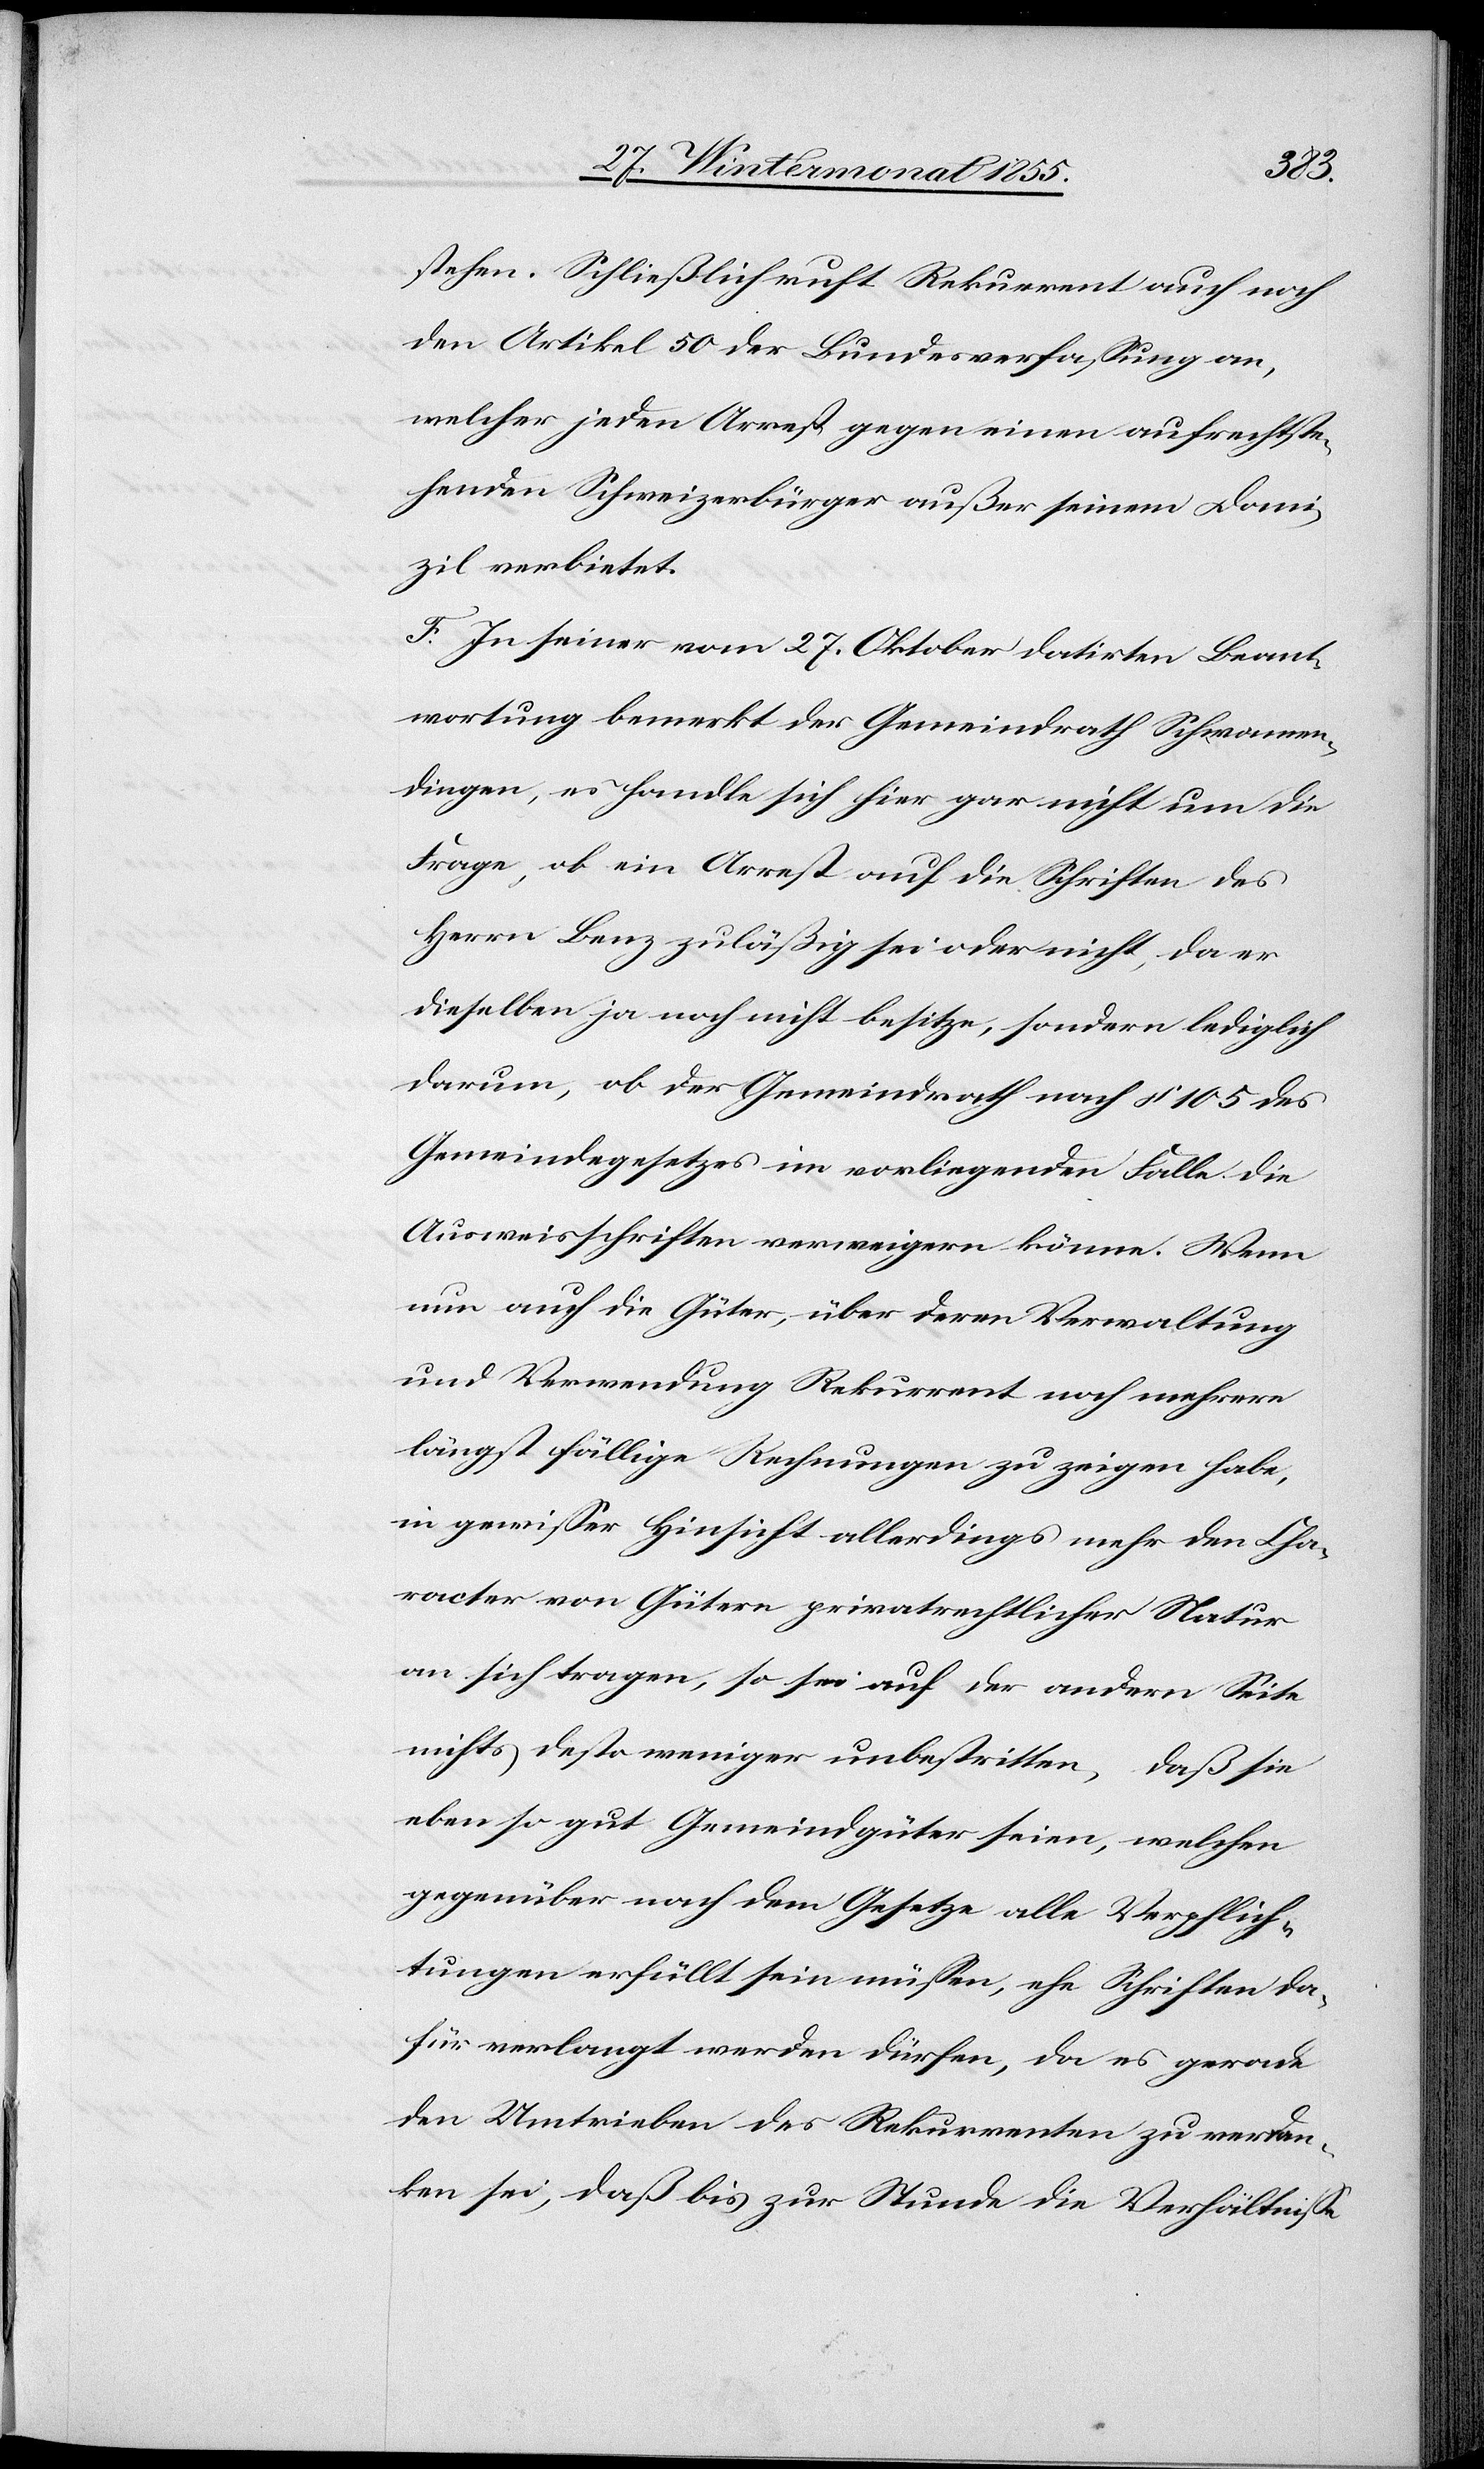
stehen. Schließlich ruft Rekurrent auch noch
den Artikel 50 der Bundesverfassung an,
welcher jeden Arrest gegen einen aufrechtste¬
henden Schweizerbürger außer seinem Domi¬
zil verbietet.
F. In seiner vom 27. Oktober datirten Beant¬
wortung bemerkt der Gemeindrath Schwamen¬
dingen, es handle sich hier gar nicht um die
Frage, ob ein Arrest auf die Schriften des
Herrn Benz zuläßig sei oder nicht, da er
dieselben ja noch nicht besitze, sondern lediglich
darum, ob der Gemeindrath nach § 105 des
Gemeindegesetzes im vorliegenden Falle die
Ausweisschriften verweigern könne. Wenn
nun auch die Güter, über deren Verwaltung
und Verwendung Rekurrent noch mehrere
längst fällige Rechnungen zu zeigen habe,
in gewisser Hinsicht allerdings mehr den Cha¬
racter von Gütern privatrechtlicher Natur
an sich tragen, so sei auf der andern Seite
nichts desto weniger unbestritten, daß sie
eben so gut Gemeindgüter seien, welchen
gegenüber nach dem Gesetze alle Verpflich¬
tungen erfüllt sein müssen, ehe Schriften da¬
für verlangt werden dürfen, da es gerade
den Umtrieben des Rekurrenten zu verdan¬
ken sei, daß bis zur Stunde die Verhältnisse